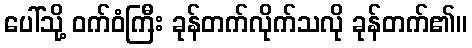
ပေါ်သို့ ဝက်ဝံကြီး ခုန်တက်လိုက်သလို ခုန်တက်၏။